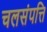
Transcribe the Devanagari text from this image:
चलसंपत्ति